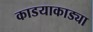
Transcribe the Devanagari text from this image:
काडयाकाड्या